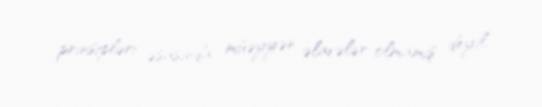
prinsipləri əsasında müəyyən əlavələr olmamış deyil.